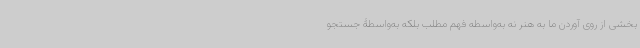
بخشی از روی آوردن ما به هنر نه به‌واسطه فهم مطلب بلکه به‌واسطۀ جستجو